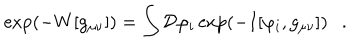
\exp ( - W [ g _ { \mu \nu } ] ) = \int { \cal D } \varphi _ { i } \exp ( - I [ \varphi _ { i } , g _ { \mu \nu } ] ) .